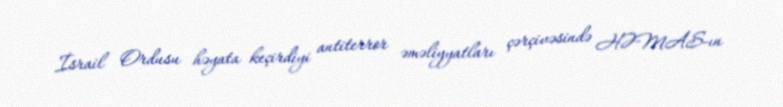
İsrail Ordusu həyata keçirdiyi antiterror əməliyyatları çərçivəsində HƏMAS-ın